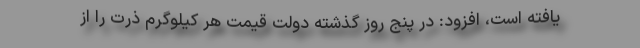
یافته است، افزود: در پنج روز گذشته دولت قیمت هر کیلوگرم ذرت را از